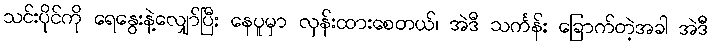
သင်းပိုင်ကို ရေနွေးနဲ့လျှော်ပြီး နေပူမှာ လှန်းထားစေတယ်၊ အဲဒီ သင်္ကန်း ခြောက်တဲ့အခါ အဲဒီ